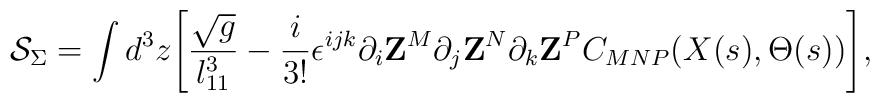
{\cal S}_\Sigma=\int d^3z\Biggl[{\sqrt{g}\over l_{11}^3}-{i\over 3!}\epsilon^{ijk}\partial_i{\bf Z}^M\partial_j{\bf Z}^N\partial_k{\bf Z}^PC_{MNP}(X(s),\Theta(s))\Biggr],